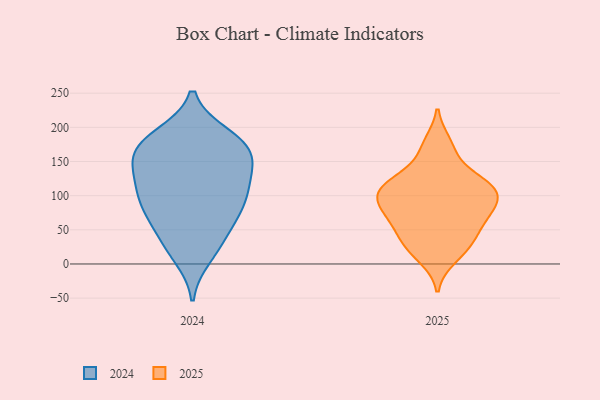
{"axis": {"x": "Headcount", "y": "Value"}, "legend": ["2024", "2025"], "data": [{"x": "", "y": 116, "type": "2025"}, {"x": "", "y": 110, "type": "2025"}, {"x": "", "y": 10, "type": "2025"}, {"x": "", "y": 116, "type": "2025"}, {"x": "", "y": 87, "type": "2025"}, {"x": "", "y": 123, "type": "2025"}, {"x": "", "y": 100, "type": "2025"}, {"x": "", "y": 114, "type": "2025"}, {"x": "", "y": 28, "type": "2025"}, {"x": "", "y": 176, "type": "2025"}, {"x": "", "y": 94, "type": "2025"}, {"x": "", "y": 63, "type": "2025"}, {"x": "", "y": 59, "type": "2025"}, {"x": "", "y": 164, "type": "2025"}, {"x": "", "y": 74, "type": "2025"}, {"x": "", "y": 27, "type": "2025"}, {"x": "", "y": 77, "type": "2025"}, {"x": "", "y": 37, "type": "2025"}, {"x": "", "y": 67, "type": "2024"}, {"x": "", "y": 80, "type": "2024"}, {"x": "", "y": 157, "type": "2024"}, {"x": "", "y": 148, "type": "2024"}, {"x": "", "y": 188, "type": "2024"}, {"x": "", "y": 166, "type": "2024"}, {"x": "", "y": 187, "type": "2024"}, {"x": "", "y": 121, "type": "2024"}, {"x": "", "y": 157, "type": "2024"}, {"x": "", "y": 31, "type": "2024"}, {"x": "", "y": 11, "type": "2024"}, {"x": "", "y": 128, "type": "2024"}, {"x": "", "y": 179, "type": "2024"}, {"x": "", "y": 28, "type": "2024"}, {"x": "", "y": 172, "type": "2024"}, {"x": "", "y": 66, "type": "2024"}, {"x": "", "y": 83, "type": "2024"}, {"x": "", "y": 106, "type": "2024"}, {"x": "", "y": 97, "type": "2024"}, {"x": "", "y": 117, "type": "2024"}]}